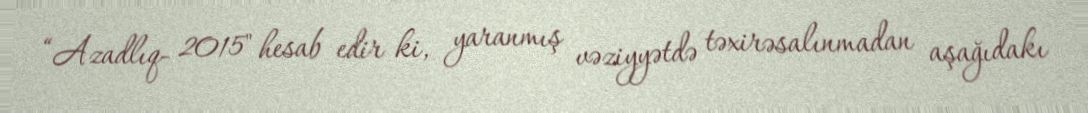
“Azadlıq- 2015" hesab edir ki, yaranmış vəziyyətdə təxirəsalınmadan aşağıdakı